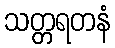
သတ္တရတနံ